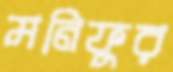
মনিফুর